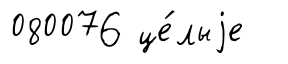
080076 це́лыjе